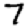
Digit: 7